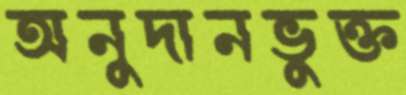
অনুদানভুক্ত